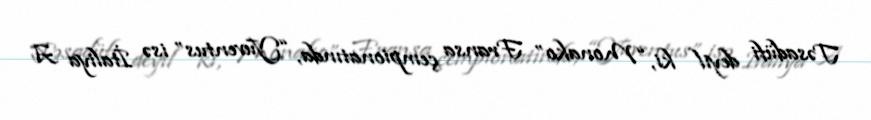
Təsadüfi deyil ki, “Monako” Fransa çempionatında, “Yuventus” isə İtaliya A